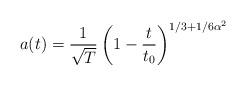
LaTeX: \begin{align*}a(t)=\frac{1}{\sqrt T}\left(1-\frac{t}{t_0}\right)^{1/3+1/6\alpha^2}\end{align*}